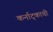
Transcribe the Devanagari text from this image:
कर्नाट्काची